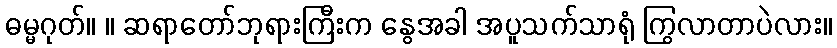
ဓမ္မဂုတ်။ ။ ဆရာတော်ဘုရားကြီးက နွေအခါ အပူသက်သာရုံ ကြွလာတာပဲလား။